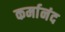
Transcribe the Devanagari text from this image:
कर्मानंद